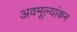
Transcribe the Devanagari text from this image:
अवमूल्यांकन